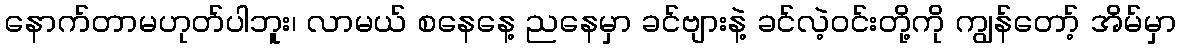
နောက်တာမဟုတ်ပါဘူး၊ လာမယ် စနေနေ့ ညနေမှာ ခင်ဗျားနဲ့ ခင်လဲ့ဝင်းတို့ကို ကျွန်တော့် အိမ်မှာ